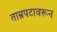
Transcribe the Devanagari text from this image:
ताम्रपटावरून